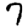
Digit: 7